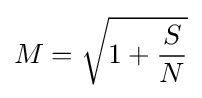
M={\sqrt {1+{\frac {S}{N}}}}